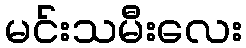
မင်းသမီးလေး